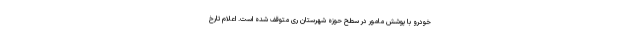
خودرو با پوشش مامور در سطح حوزه شهرستان ری متوقف شده است. اعلام تارخ